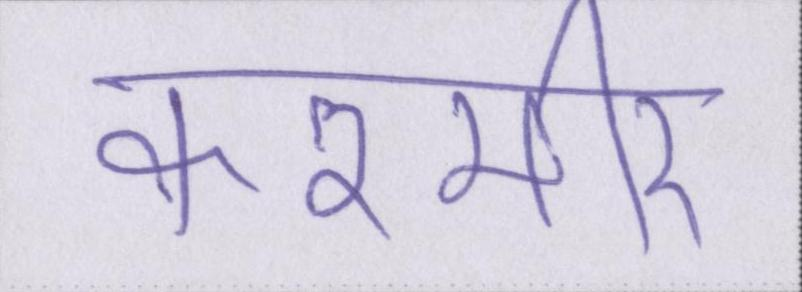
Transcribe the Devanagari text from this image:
कश्मीर